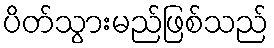
ပိတ်သွားမည်ဖြစ်သည်